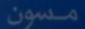
مسون